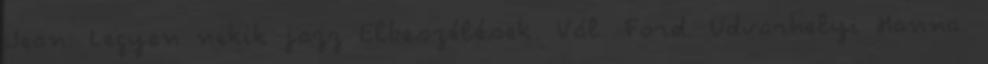
Jean: Legyen nekik jazz Elbeszélések. Vál. Ford. Udvarhelyi Hanna.